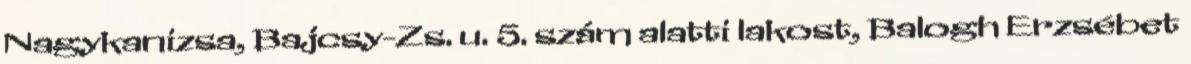
Nagykanizsa, Bajcsy-Zs. u. 5. szám alatti lakost, Balogh Erzsébet